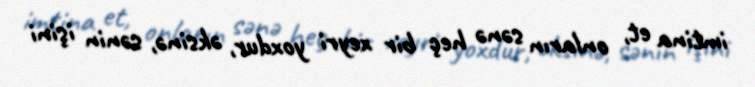
imtina et, onların sənə heç bir xeyri yoxdur, əksinə, sənin işini